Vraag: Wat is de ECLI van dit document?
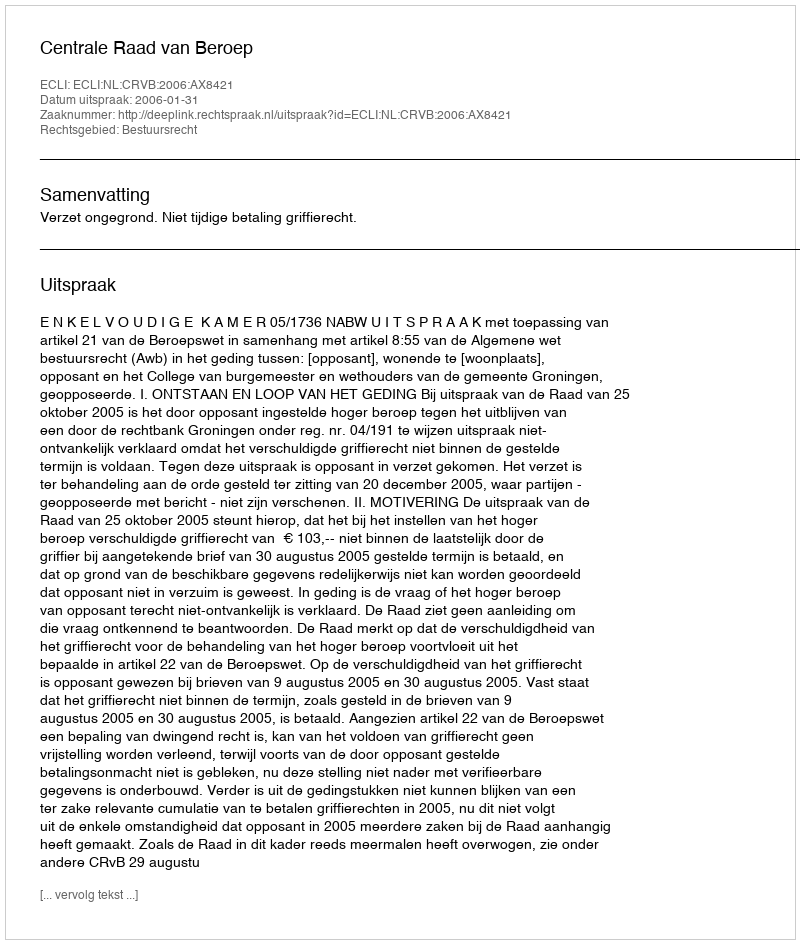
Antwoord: ECLI:NL:CRVB:2006:AX8421